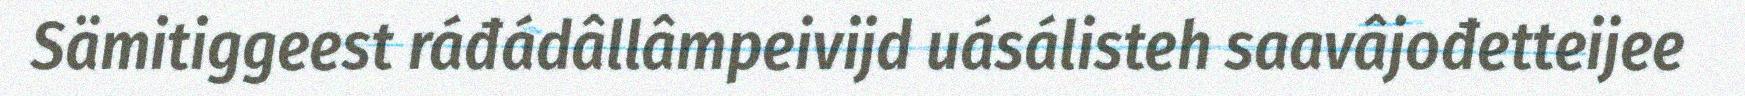
Sämitiggeest ráđádâllâmpeivijd uásálisteh saavâjođetteijee